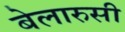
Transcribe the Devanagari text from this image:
बेलारुसी